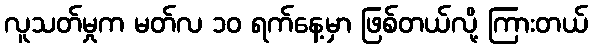
လူသတ်မှုက မတ်လ ၁၀ ရက်နေ့မှာ ဖြစ်တယ်လို့ ကြားတယ်